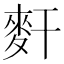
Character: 𪌃